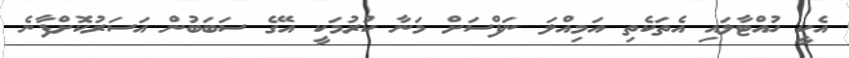
އެކީ ހުއްޓާލައި އެތަކެތި އަމިއްލަ ނަފްސަށް މަނާ ކުރުމަކީ އޭގެ ސަބަބުން އަސަރުކޮށްފާނެ